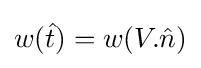
w({\hat {t}})=w(V.{\hat {n}})